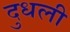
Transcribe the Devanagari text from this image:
दुधली